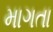
માગતા